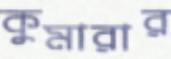
কুমারার